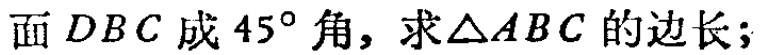
面\(DBC\)成\(45^{\circ}\)角，求\(\triangle ABC\)的边长；